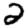
Digit: 2